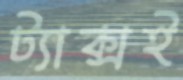
ট্যাক্সই